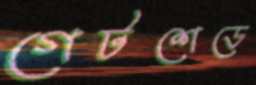
গেটশেডে